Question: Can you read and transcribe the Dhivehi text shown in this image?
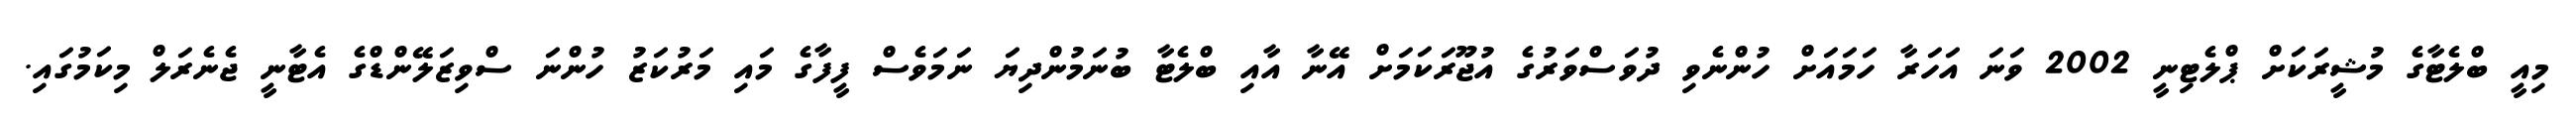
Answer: މިއީ ބްލެޓާގެ މުޝީރަކަށް ޕްލެޓިނީ 2002 ވަނަ އަހަރާ ހަމައަށް ހުންނެވި ދުވަސްވަރުގެ އުޖޫރަކަމަށް އޭނާ އާއި ބްލެޓާ ބުނަމުންދިޔަ ނަމަވެސް ފީފާގެ މައި މަރުކަޒު ހުންނަ ސްވިޒަލޭންޑްގެ އެޓާނީ ޖެނެރަލް މިކަމުގައި.